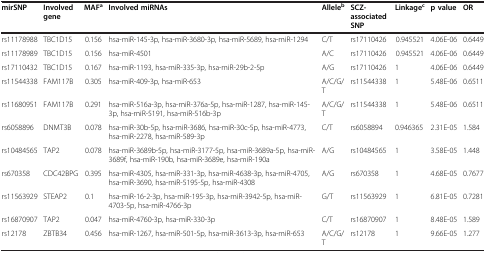
<table><thead><tr><td><b>mirSNP</b></td><td><b>Involved gene</b></td><td><b>MAF<sup>a</sup></b></td><td><b>Involved miRNAs</b></td><td><b>Allele<sup>b</sup></b></td><td><b>SCZ-associated SNP</b></td><td><b>Linkage<sup>c</sup></b></td><td><b>p value</b></td><td><b>OR</b></td></tr></thead><tbody><tr><td>rs11178988</td><td>TBC1D15</td><td>0.156</td><td>hsa-miR-145-3p, hsa-miR-3680-3p, hsa-miR-5689, hsa-miR-1294</td><td>C/T</td><td>rs17110426</td><td>0.945521</td><td>4.06E-06</td><td>0.6449</td></tr><tr><td>rs11178989</td><td>TBC1D15</td><td>0.156</td><td>hsa-miR-4501</td><td>A/C</td><td>rs17110426</td><td>0.945521</td><td>4.06E-06</td><td>0.6449</td></tr><tr><td>rs17110432</td><td>TBC1D15</td><td>0.167</td><td>hsa-miR-1193, hsa-miR-335-3p, hsa-miR-29b-2-5p</td><td>A/G</td><td>rs17110426</td><td>1</td><td>4.06E-06</td><td>0.6449</td></tr><tr><td>rs11544338</td><td>FAM117B</td><td>0.305</td><td>hsa-miR-409-3p, hsa-miR-653</td><td>A/C/G/T</td><td>rs11544338</td><td>1</td><td>5.48E-06</td><td>0.6511</td></tr><tr><td>rs11680951</td><td>FAM117B</td><td>0.291</td><td>hsa-miR-516a-3p, hsa-miR-376a-5p, hsa-miR-1287, hsa-miR-145-3p, hsa-miR-5191, hsa-miR-516b-3p</td><td>A/C/G/T</td><td>rs11544338</td><td>1</td><td>5.48E-06</td><td>0.6511</td></tr><tr><td>rs6058896</td><td>DNMT3B</td><td>0.078</td><td>hsa-miR-30b-5p, hsa-miR-3686, hsa-miR-30c-5p, hsa-miR-4773, hsa-miR-2278, hsa-miR-589-3p</td><td>C/T</td><td>rs6058894</td><td>0.946365</td><td>2.31E-05</td><td>1.584</td></tr><tr><td>rs10484565</td><td>TAP2</td><td>0.078</td><td>hsa-miR-3689b-5p, hsa-miR-3177-5p, hsa-miR-3689a-5p, hsa-miR-3689f, hsa-miR-190b, hsa-miR-3689e, hsa-miR-190a</td><td>A/G</td><td>rs10484565</td><td>1</td><td>3.58E-05</td><td>1.448</td></tr><tr><td>rs670358</td><td>CDC42BPG</td><td>0.395</td><td>hsa-miR-4305, hsa-miR-331-3p, hsa-miR-4638-3p, hsa-miR-4705, hsa-miR-3690, hsa-miR-5195-5p, hsa-miR-4308</td><td>A/G</td><td>rs670358</td><td>1</td><td>4.68E-05</td><td>0.7677</td></tr><tr><td>rs11563929</td><td>STEAP2</td><td>0.1</td><td>hsa-miR-16-2-3p, hsa-miR-195-3p, hsa-miR-3942-5p, hsa-miR-4703-5p, hsa-miR-4766-3p</td><td>G/T</td><td>rs11563929</td><td>1</td><td>6.81E-05</td><td>0.7281</td></tr><tr><td>rs16870907</td><td>TAP2</td><td>0.047</td><td>hsa-miR-4760-3p, hsa-miR-330-3p</td><td>C/T</td><td>rs16870907</td><td>1</td><td>8.48E-05</td><td>1.589</td></tr><tr><td>rs12178</td><td>ZBTB34</td><td>0.456</td><td>hsa-miR-1267, hsa-miR-501-5p, hsa-miR-3613-3p, hsa-miR-653</td><td>A/C/G/T</td><td>rs12178</td><td>1</td><td>9.66E-05</td><td>1.277</td></tr></tbody></table>